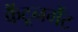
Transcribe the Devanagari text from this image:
कैंटूनमेंट